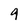
Character: 9